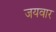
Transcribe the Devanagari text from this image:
जयवार